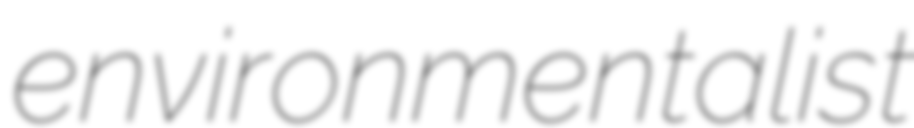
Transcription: environmentalist